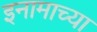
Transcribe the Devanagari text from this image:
इनामाच्या